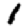
Digit: 1